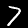
Label: 7